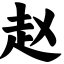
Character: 赵